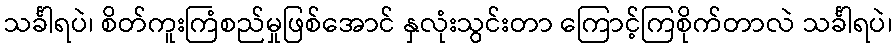
သင်္ခါရပဲ၊ စိတ်ကူးကြံစည်မှုဖြစ်အောင် နှလုံးသွင်းတာ ကြောင့်ကြစိုက်တာလဲ သင်္ခါရပဲ၊